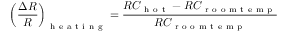
\left( \frac { \Delta R } { R } \right) _ { \mathrm { ~ h ~ e ~ a ~ t ~ i ~ n ~ g ~ } } = \frac { R C _ { \mathrm { ~ h ~ o ~ t ~ } } - R C _ { \mathrm { ~ r ~ o ~ o ~ m ~ t ~ e ~ m ~ p ~ } } } { R C _ { \mathrm { ~ r ~ o ~ o ~ m ~ t ~ e ~ m ~ p ~ } } }